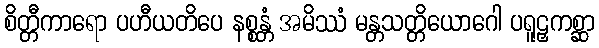
စိတ္တီကာရော ပဟီယတိပေ နစ္စန္တံ အမိဿံ မန္တသတ္တိယောဂေါ ပရူဠှကစ္ဆာ